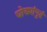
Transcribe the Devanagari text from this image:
घोड्यांपुढं